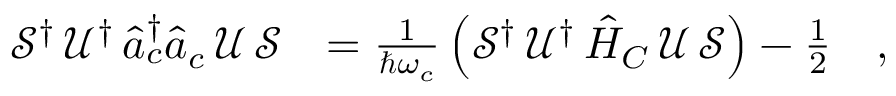
\begin{array} { r l } { \mathcal { S } ^ { \dagger } \, \mathcal { U } ^ { \dagger } \, \hat { a } _ { c } ^ { \dagger } \hat { a } _ { c } \, \mathcal { U } \, \mathcal { S } } & { = \frac { 1 } { \hbar \omega _ { c } } \left( \mathcal { S } ^ { \dagger } \, \mathcal { U } ^ { \dagger } \, \hat { H } _ { C } \, \mathcal { U } \, \mathcal { S } \right) - \frac { 1 } { 2 } \quad , } \end{array}